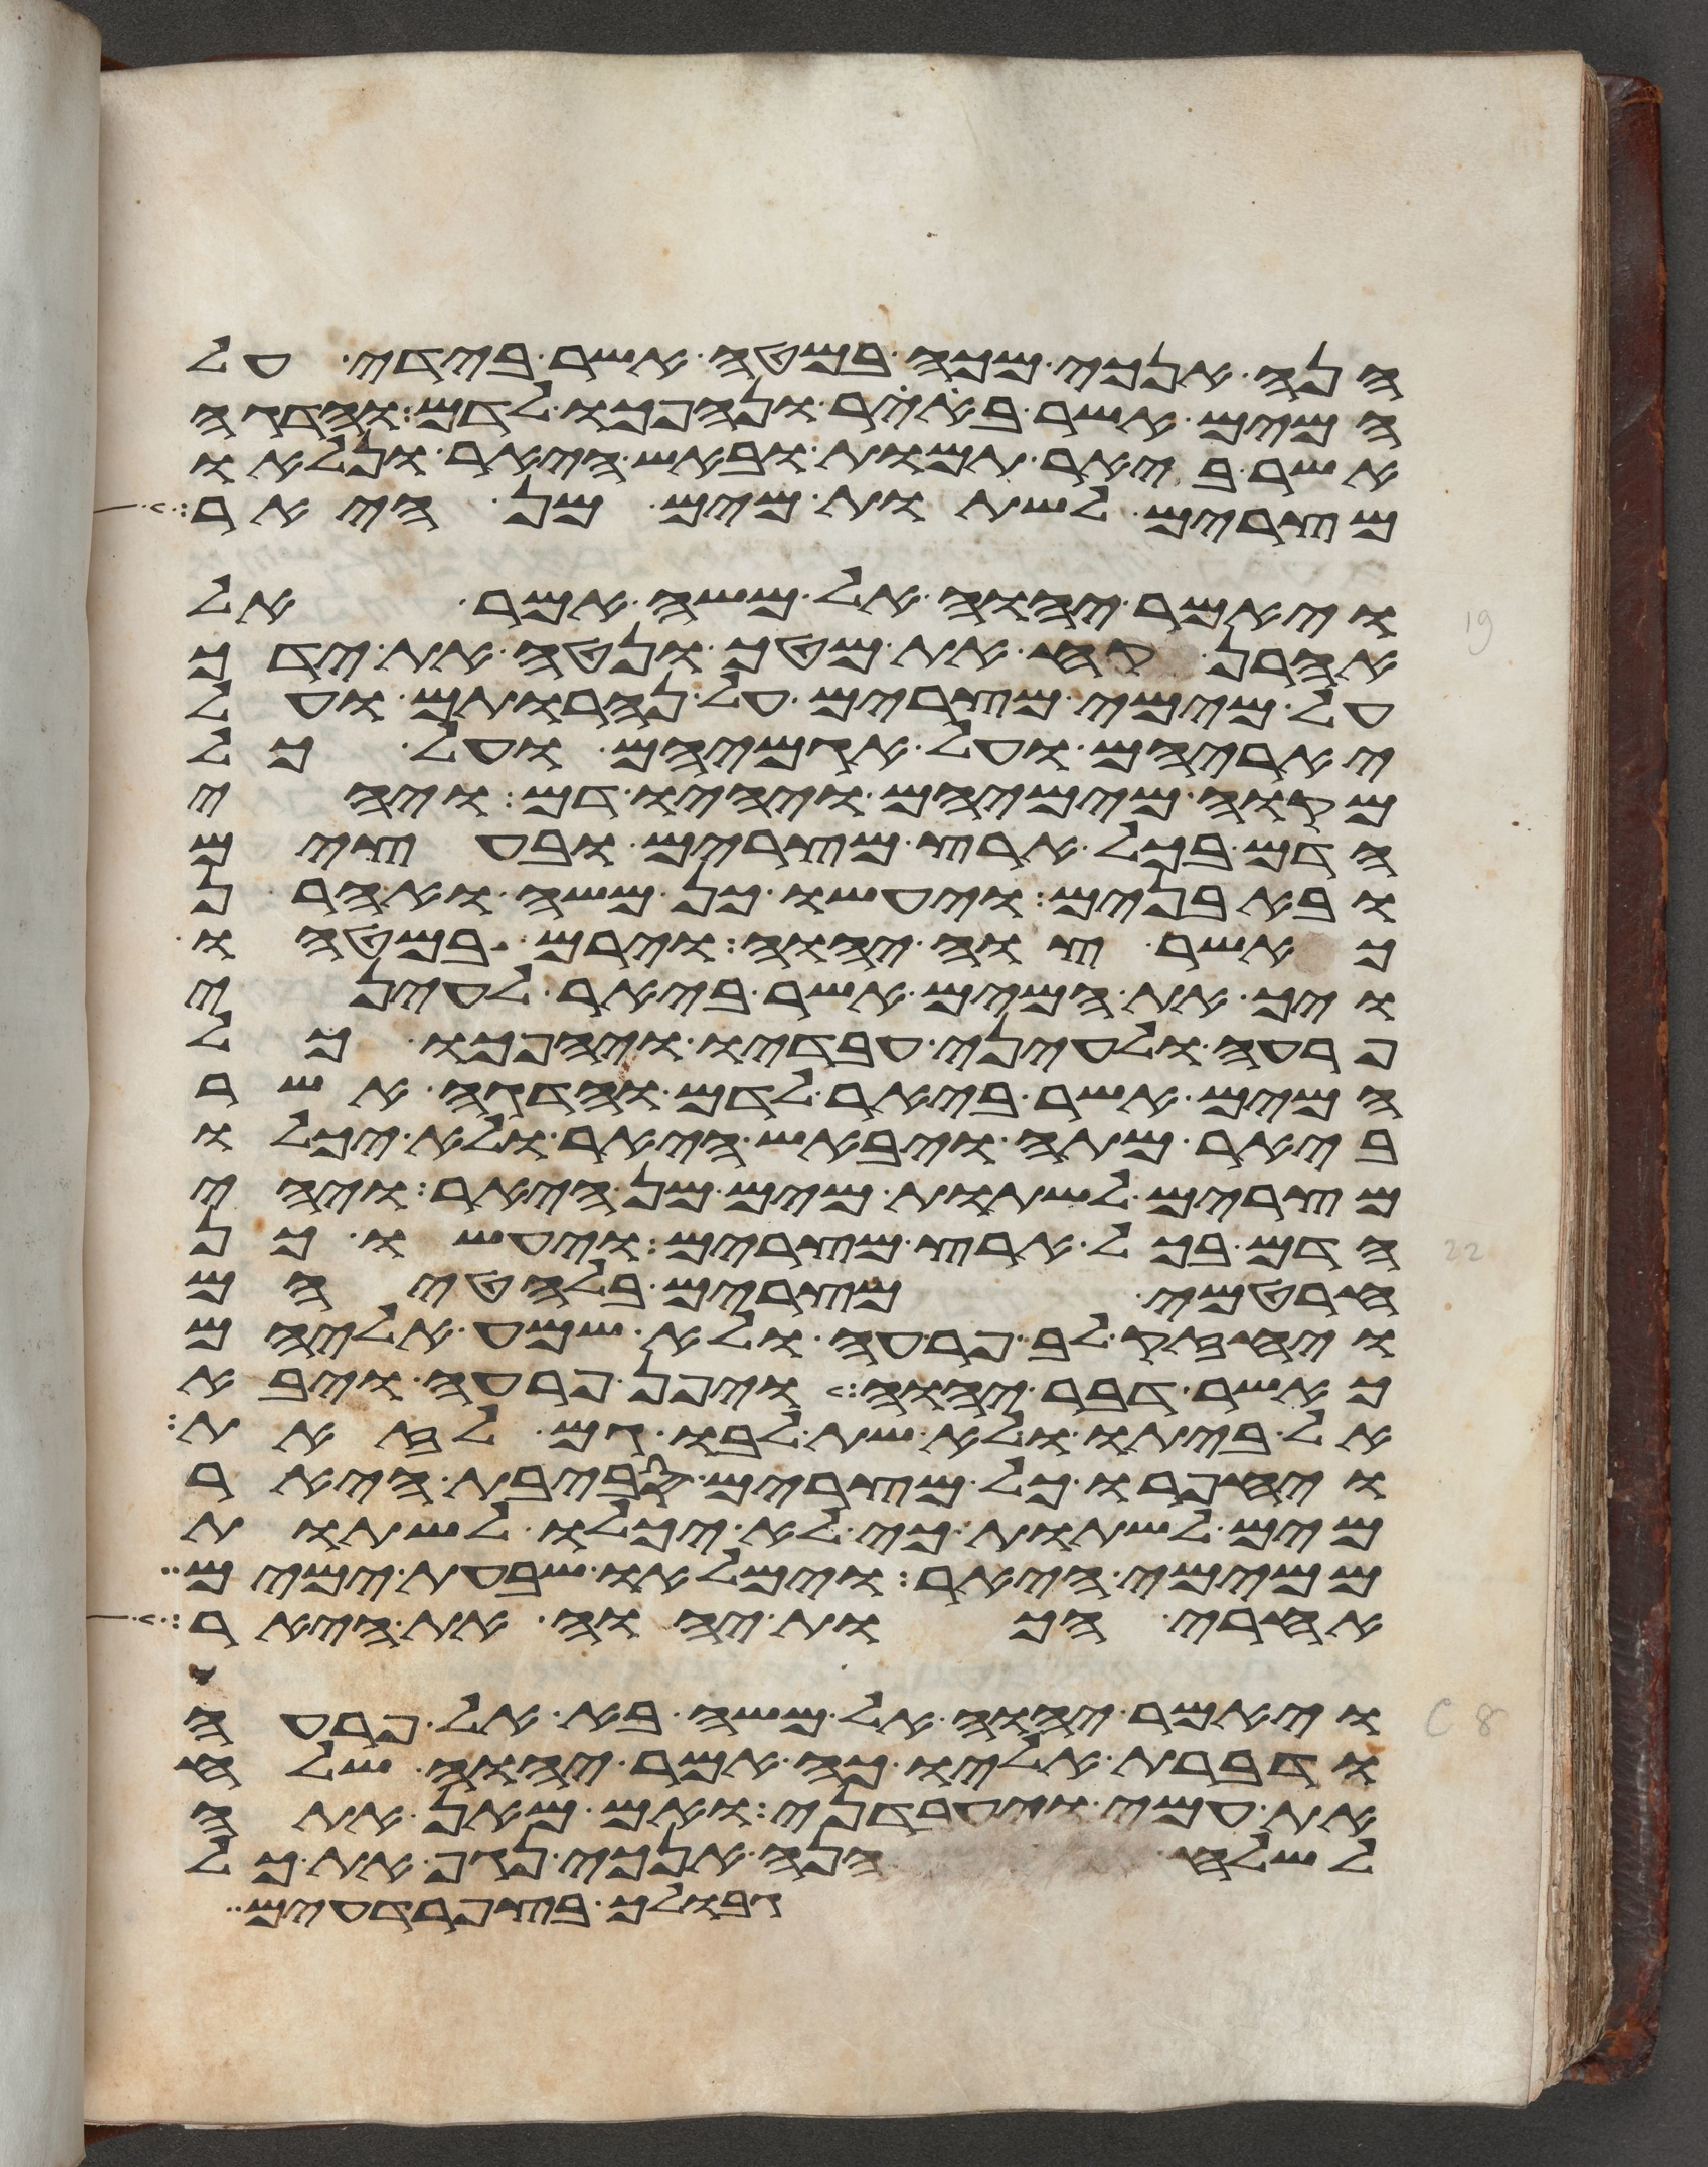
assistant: הנה אנכי מכה במטה אשר בידי על
המים אשר ביאר ונהפכו לדם והדגה
אשר ביאר תמות ובאש היאר ונלאו
מצרים לשתות מים מן היאר
ויאמר יהוה אל משה אמר אל
אהרן קח את מטך ונטה את ידך
על מימי מצרים על נהרותם ועל
יאריהם ועל אגמיהם ועל כל
מקוה מימיהם ויהיו דם ויהי
הדם בכל ארץ מצרים ובעצים
ובאבנים ויעשו כן משה ואהרן
כאשר צוה יהוה וירם במטהו
ויך את המים אשר ביאר לעיני
פרעה ולעיני עבדיו ויהפכו כל
המים אשר ביאר לדם והדגה אשר
ביאר מתה ויבאש היאר ולא יכלו
מצרים לשתות מים מן היאר ויהי
הדם בכל ארץ מצרים ויעשו כן
חרטמי מצרים בלחטיהם
ויחזק לב פרעה ולא שמע אליהם
כאשר דבר יהוה ויפן פרעה ויבא
אל ביתו ולא שת לבו גם לזאת
ויחפרו כל מצרים סביבת היאר
מים לשתות כי לא יכלו לשתות
ממימי היאר וימלאו שבעת ימים
אחרי הכות יהוה את היאר
ויאמר יהוה אל משה בא אל פרעה
ודברת אליו כה אמר יהוה שלח
את עמי ויעבדני ואם מאן אתה
לשלח הנה אנכי נגף את כל
גבולך בצפרדעים